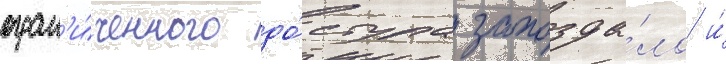
огран'и́ченного до́ступа запозда́ло и́